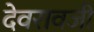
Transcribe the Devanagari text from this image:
देवरावजी